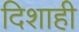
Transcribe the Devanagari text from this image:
दिशाही